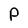
Character: P